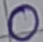
Text: O